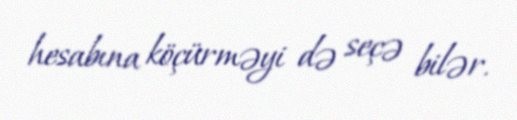
hesabına köçürməyi də seçə bilər.